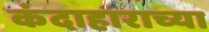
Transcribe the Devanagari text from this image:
कंदाहाराच्या